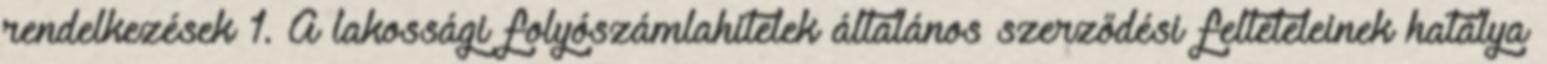
rendelkezések 1. A lakossági folyószámlahitelek általános szerződési feltételeinek hatálya